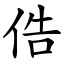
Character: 俈